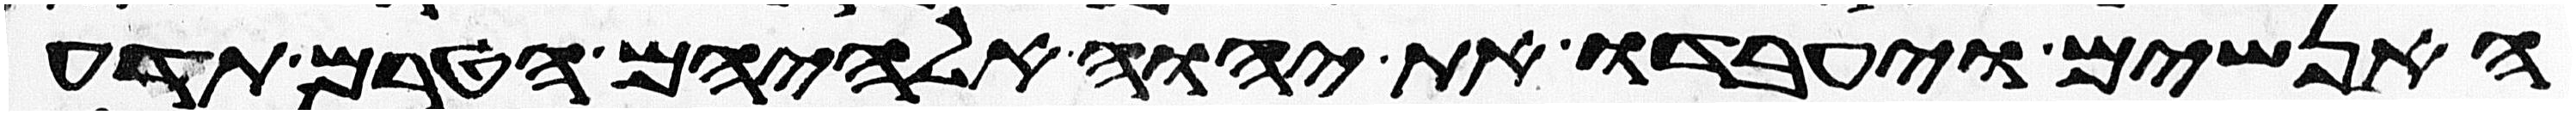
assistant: האנשים ויעבדו את יהוה אלהיהם הטרם תדע